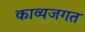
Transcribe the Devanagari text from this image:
काव्यजगत